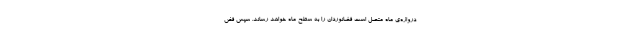
دروازه‌ی ماه متصل است فضانوردان را به سطح ماه خواهد رساند. سپس فض